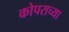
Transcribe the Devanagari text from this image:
कोपराच्या